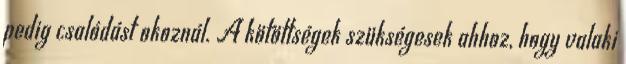
pedig csalódást okoznál. A kötöttségek szükségesek ahhoz, hogy valaki